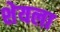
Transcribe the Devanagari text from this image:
शेयला